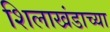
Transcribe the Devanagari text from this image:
शिलाखंडाच्या